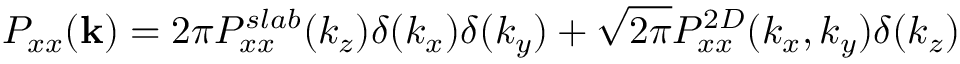
P _ { x x } ( \mathbf { k } ) = 2 \pi P _ { x x } ^ { s l a b } ( k _ { z } ) \delta ( k _ { x } ) \delta ( k _ { y } ) + \sqrt { 2 \pi } P _ { x x } ^ { 2 D } ( k _ { x } , k _ { y } ) \delta ( k _ { z } )